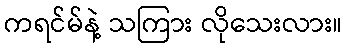
ကရင်မ်နဲ့ သကြား လိုသေးလား။